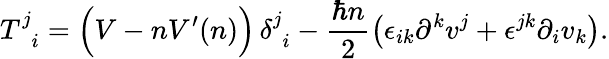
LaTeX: T_{\, \, \, i}^{j}=\Big(V-nV^{\prime}(n)\Big)\, \delta_{\, \, i}^{j}-\frac{\hbar n}{2}\left(\epsilon_{ik}\partial^{k}v^{j}+\epsilon^{jk}\partial_{i}v_{k}\right).